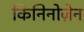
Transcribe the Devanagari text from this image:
किनिनोज़ेन